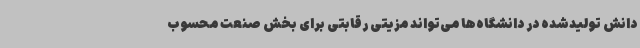
دانش تولیدشده در دانشگاه‌ها می‌تواند مزیتی رقابتی برای بخش صنعت محسوب